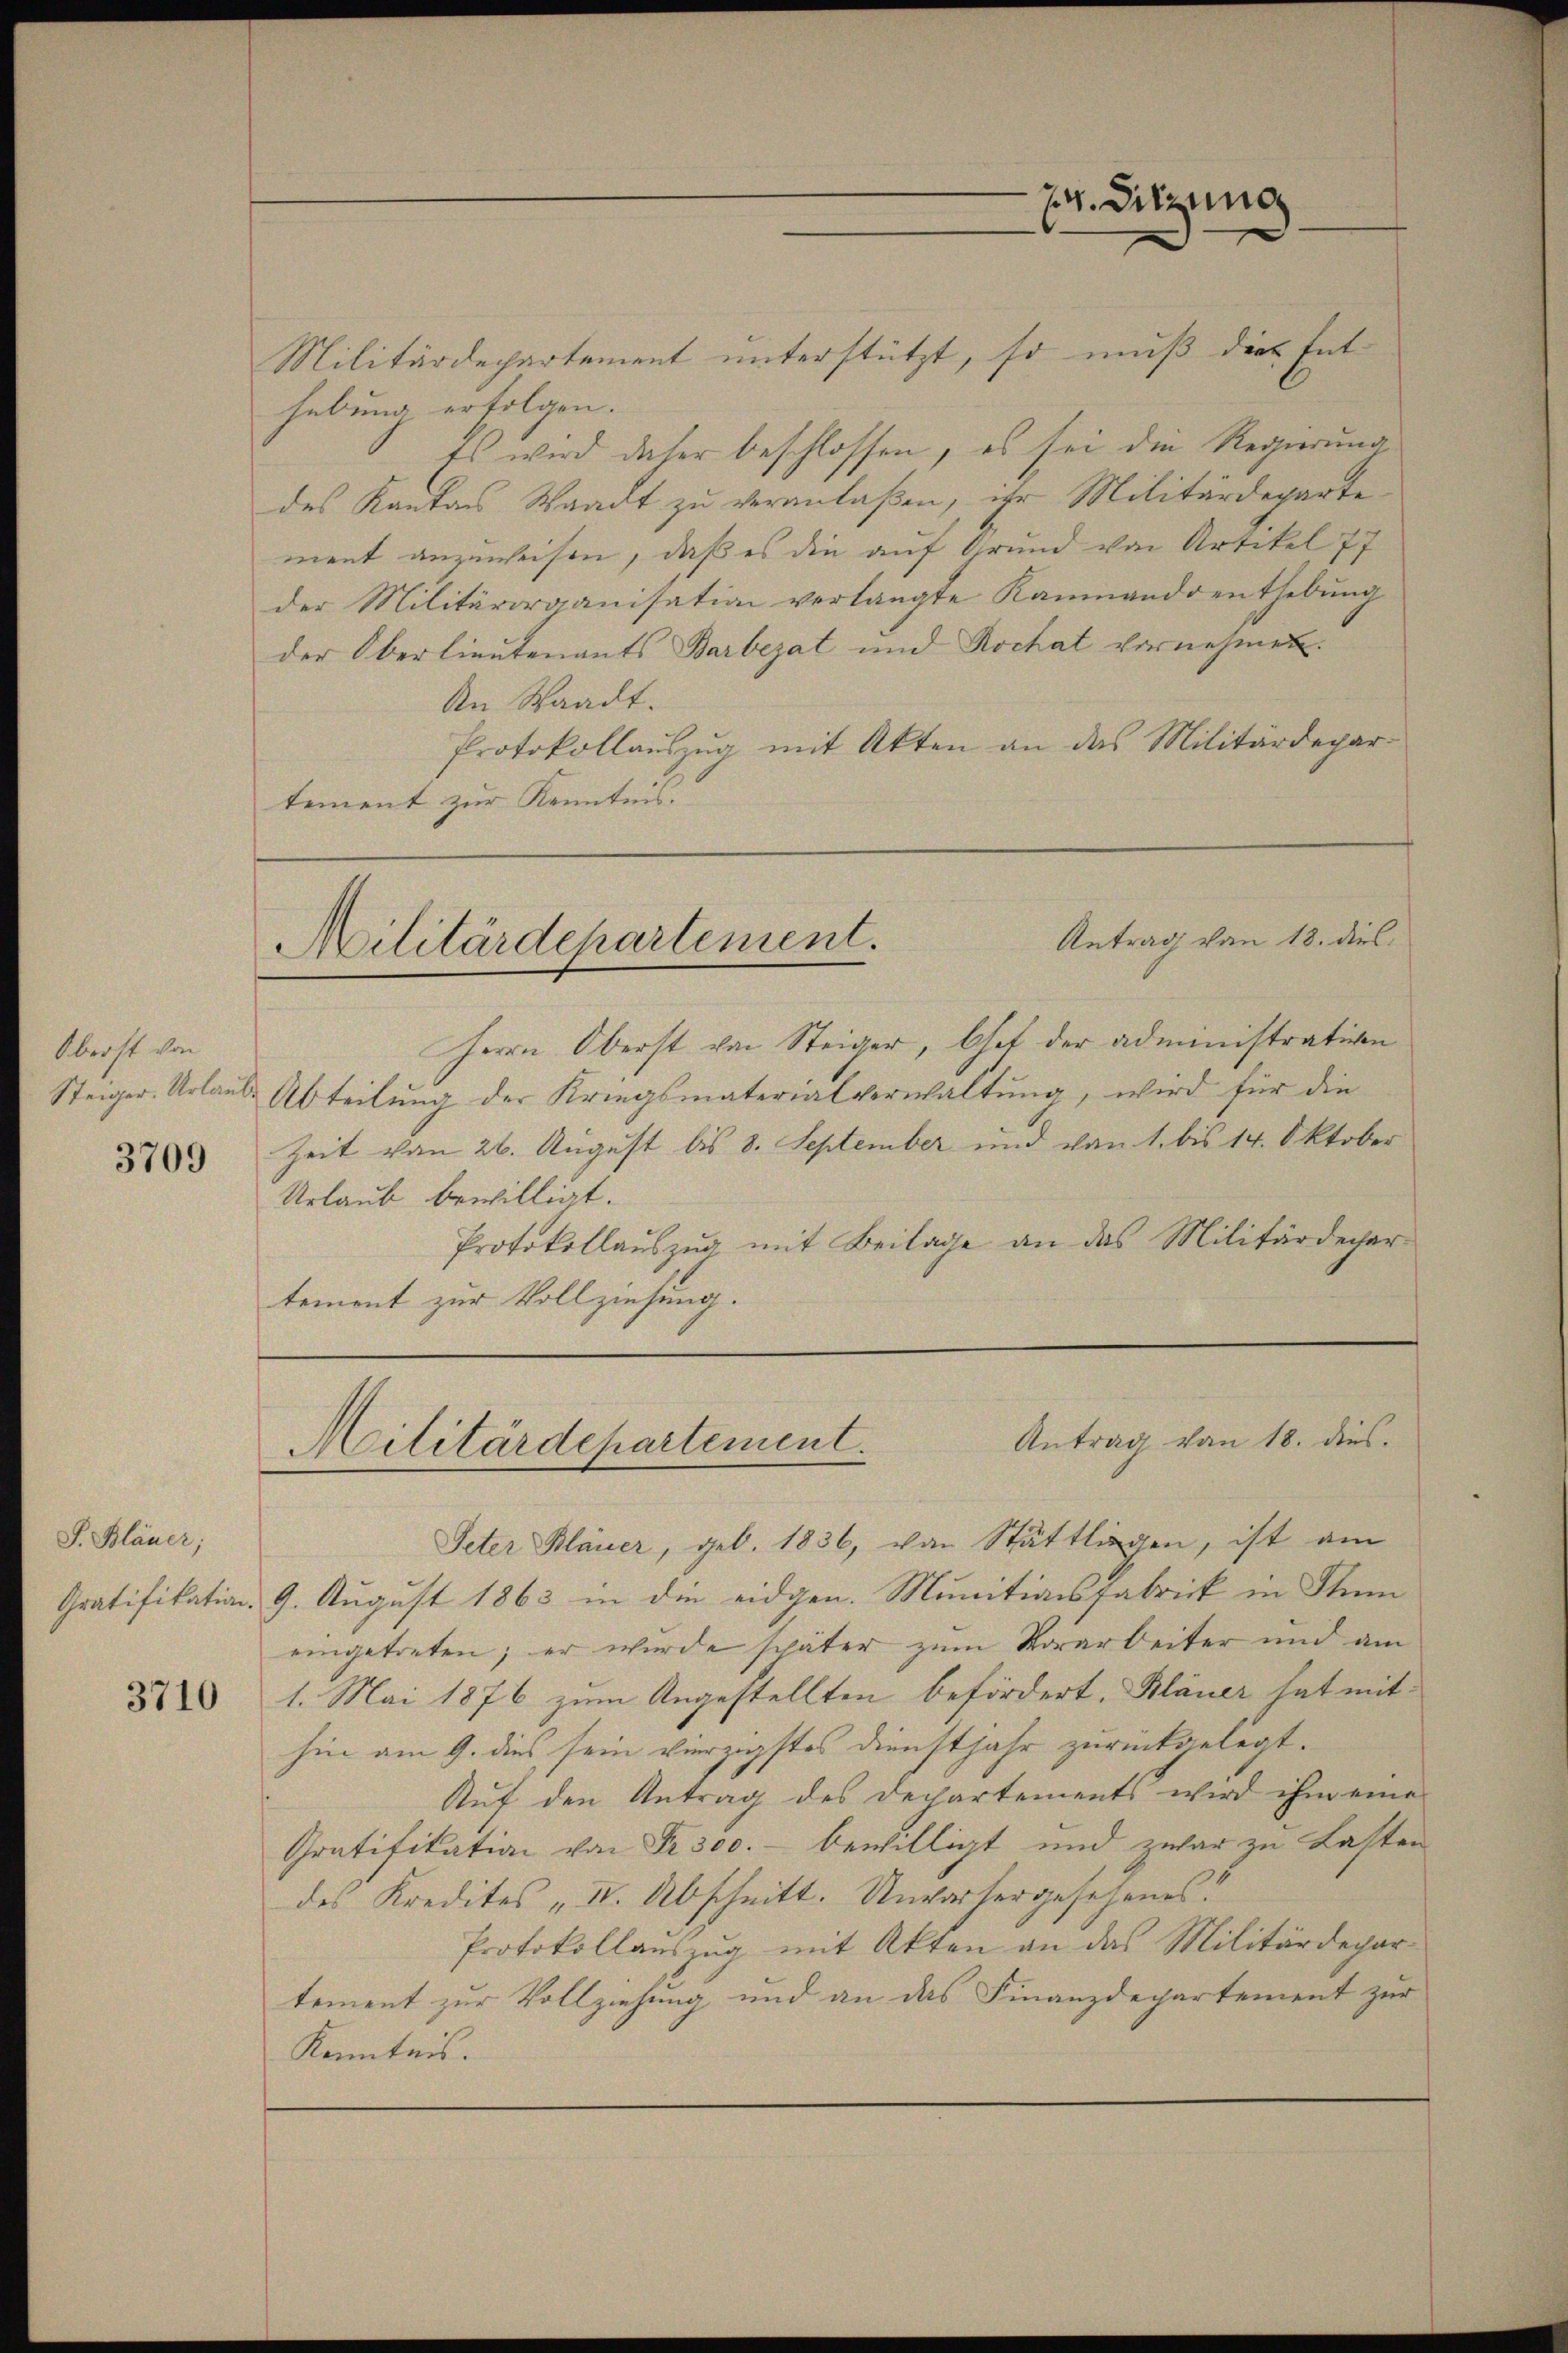
Oberst von

3709

S. Bläuer;

3710

Militärdepartement unterstützt, so muß die Ent
hebung erfolgen.
Es wird daher beschlossen, es sei die Regierung
des Kanton Waadt zu veranlaßen, ihr Militärdeparte
ment anzuweisen, daß es die auf Grund von Artikel 77
der Militärorganisation verlangte Kammandoenthebŭng
der Oberlieutenants Barbezat und Rochat vornehmen.
An Waadt.
Protokollauszug mit Akten an das Militärdepar-
tement zur Kenntnis. |
Antrag von 18. dies
Militärdepartement.
Herrn Oberst von Steiger, bot der administrative
Steiger. Urlaub, Abteilung der Kriegsmaterialverwaltung, wird für die
Zeit von 26. August bis 8. September und von 1. bis 14. Oktober
Urlaub bewilligt.
Protokollauszug mit Beilage an das Militärdecher
tement zur Vollziehung.

74. Sitzung

Antrag von 18. dies
Militärdepartement.

Peter Bläuer, geb. 1836, von Stattlingen, ist am
Gratifikation. 9. August 1863 in die eidgen. Munitionsfabrick in Stum
eingetreten; er wurde später zum Vorarbeiter und am
1. Mai 1876 zum Angestellten befördert, Bläuer hat mit
hin am 9. dies sein vierzigstes Dienstjahr zurückgelegt.
Auf den Antrag des Departements wird ihm eine
Gratifikation von Fr. 300.- bewilligt und zwar zu Lasten
des Kredites „IV. Abschnitt. Unvorhergesehenes.
Protokollauszug mit Akten an das Militärdepar-
tement zur Vollziehung und an das Finanzdepartement zur
Kenntnis.